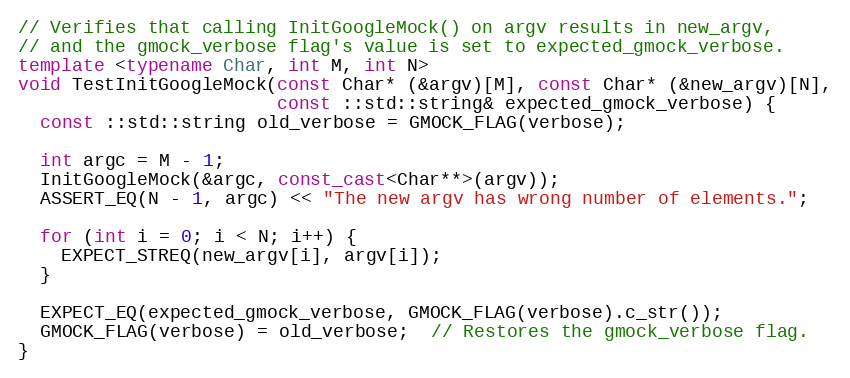
Language: C++
// Verifies that calling InitGoogleMock() on argv results in new_argv,
// and the gmock_verbose flag's value is set to expected_gmock_verbose.
template <typename Char, int M, int N>
void TestInitGoogleMock(const Char* (&argv)[M], const Char* (&new_argv)[N],
                        const ::std::string& expected_gmock_verbose) {
  const ::std::string old_verbose = GMOCK_FLAG(verbose);

  int argc = M - 1;
  InitGoogleMock(&argc, const_cast<Char**>(argv));
  ASSERT_EQ(N - 1, argc) << "The new argv has wrong number of elements.";

  for (int i = 0; i < N; i++) {
    EXPECT_STREQ(new_argv[i], argv[i]);
  }

  EXPECT_EQ(expected_gmock_verbose, GMOCK_FLAG(verbose).c_str());
  GMOCK_FLAG(verbose) = old_verbose;  // Restores the gmock_verbose flag.
}